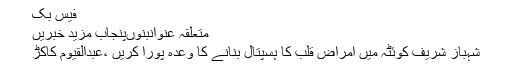
فیس بک
متعلقہ عنوانبنوںپنجاب مزید خبریں
شہباز شریف کوئٹہ میں امراض قلب کا ہسپتال بنانے کا وعدہ پورا کریں ،عبدالقیوم کاکڑ